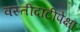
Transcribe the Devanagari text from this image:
वस्तीदाटीपेक्षा